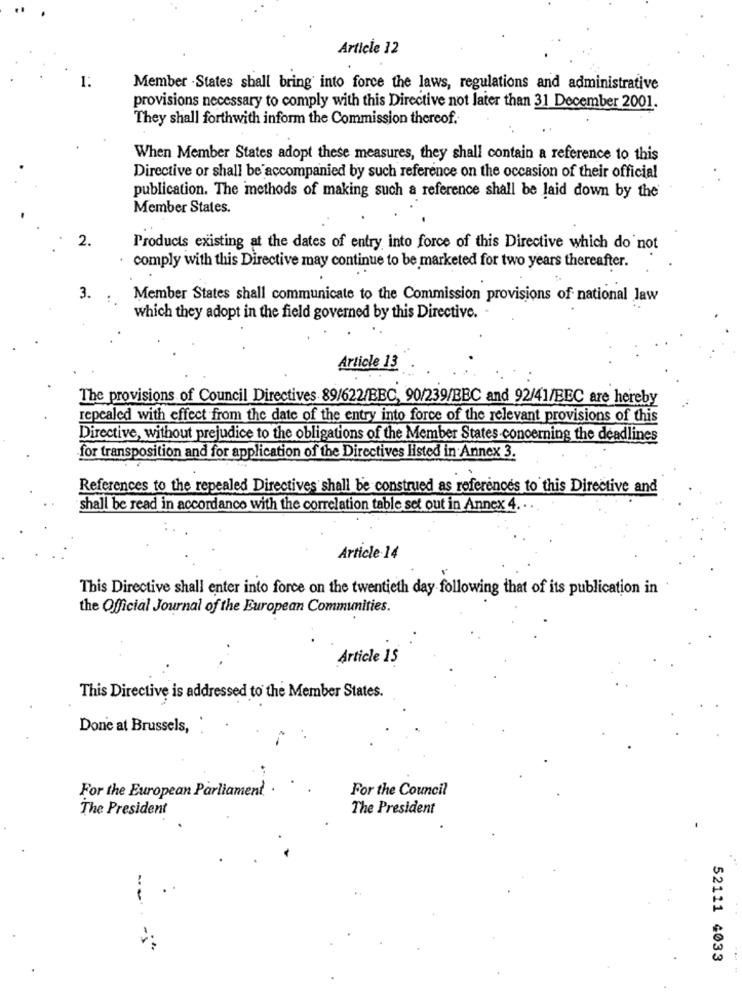
Article 12
1:
Member - States shall bring into force the laws, regulations and administrative
provisions necessary to comply with this Directive not later than 31 December 2001.
They shall forthwith inform the Commission thereof.
When Member States adopt these measures, they shall contain a reference to this
Directive or shall be accompanied by such reference on the occasion of their official
publication. The methods of making such a reference shall be laid down by the'
Member States.
2.
Products existing at the dates of entry into force of this Directive which do not
comply with this Directive may continue to be marketed for two years thereafter.
3.
Member States shall communicate to the Commission provisions of national law
which they adopt in the field governed by this Directive.
Article 13
The provisions of Council Directives 89/622/BBC, 90/239/BBC and 92/41/EEC are hereby
repealed with effect from the date of the entry into force of the relevant provisions of this
Directive, without prejudice to the obligations of the Member States concerning the deadlines
for transposition and for application of the Directives listed in Annex 3.
References to the repealed Directives shall be construed as references to this Directive and
shall be read in accordance with the correlation table set out in Annex 4.
Article 14
This Directive shall enter into force on the twentieth day following that of its publication in
the Official Journal of the European Communities.
Article 15
This Directive is addressed to the Member States.
Donc at Brussels,
For the European Parliament
For the Council
The President
The President
--.
52111 4033